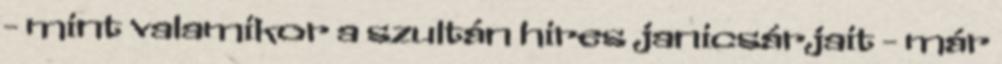
- mint valamikor a szultán hires janicsárjait - már